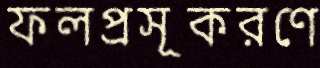
ফলপ্রসূকরণে